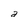
Character: a